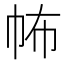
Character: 𢁻